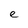
Character: e